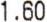
1.60